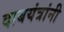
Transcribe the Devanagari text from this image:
दाबयंत्रांनी